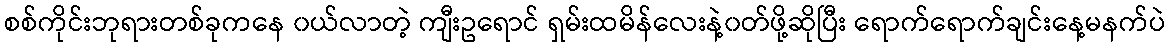
စစ်ကိုင်းဘုရားတစ်ခုကနေ ၀ယ်လာတဲ့ ကျီးဥရောင် ရှမ်းထမိန်လေးနဲ့၀တ်ဖို့ဆိုပြီး ရောက်ရောက်ချင်းနေ့မနက်ပဲ